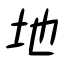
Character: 地